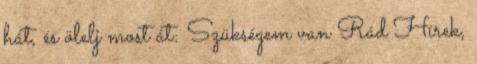
hát, és ölelj most át: Szükségem van Rád Hírek,